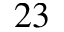
^ { 2 3 }